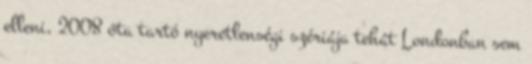
elleni, 2008 óta tartó nyeretlenségi szériája tehát Londonban sem